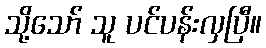
သို့သော် သူ ပင်ပန်းလှပြီ။